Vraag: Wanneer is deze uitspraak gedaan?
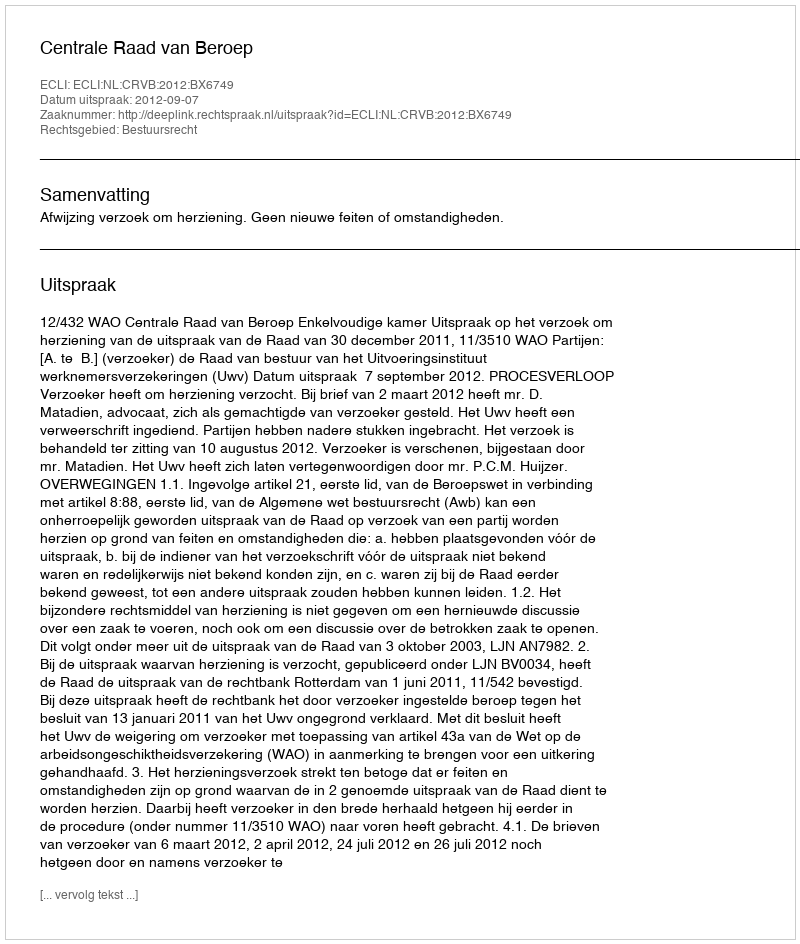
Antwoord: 2012-09-07